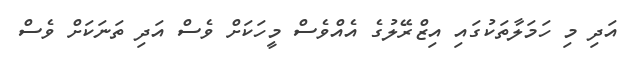
އަދި މި ހަމަލާތަކުގައި އިޒްރޭލުގެ އެއްވެސް މީހަކަށް ވެސް އަދި ތަނަކަށް ވެސް